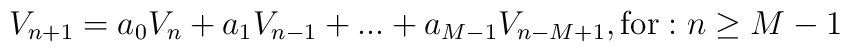
V_{n+1}=a_{0}V_{n}+a_{1}V_{n-1}+...+a_{M-1}V_{n-M+1},\mbox{for}:n\geq M-1